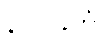
နာဂဝနိကံ